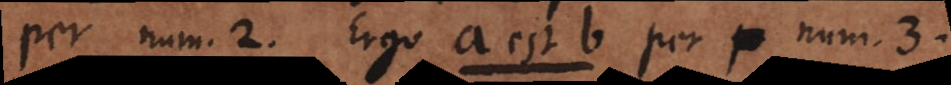
per num. 2. Ergo a est b per num. 3.